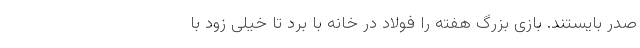
صدر بایستند. بازی بزرگ هفته را فولاد در خانه با بُرد تا خیلی زود با